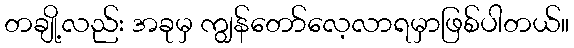
တချို့လည်း အခုမှ ကျွန်တော်လေ့လာရမှာဖြစ်ပါတယ်။